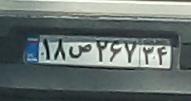
۱۸ص۲۶۷۳۴